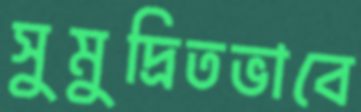
সুমুদ্রিতভাবে